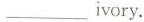
___ ivory.